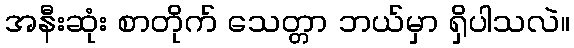
အနီးဆုံး စာတိုက် သေတ္တာ ဘယ်မှာ ရှိပါသလဲ။